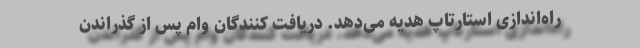
راه‌اندازی استارتاپ هدیه می‌دهد. دریافت کنندگان وام پس از گذراندن